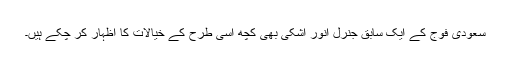
سعودی فوج کے ایک سابق جنرل انور اشکی بھی کچھ اسی طرح کے خیالات کا اظہار کر چکے ہیں۔